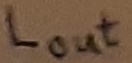
Text: LOUT